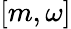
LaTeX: [m,\omega]